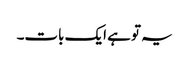
یہ تو ہے ایک بات۔